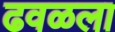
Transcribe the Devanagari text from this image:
ढवळला